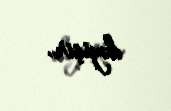
dəyişir.